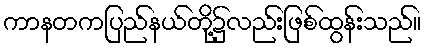
ကာနတကပြည်နယ်တို့၌လည်းဖြစ်ထွန်းသည်။